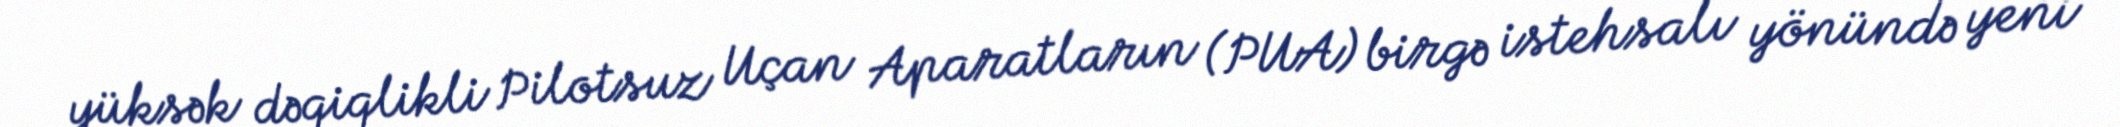
yüksək dəqiqlikli Pilotsuz Uçan Aparatların (PUA) birgə istehsalı yönündə yeni